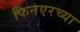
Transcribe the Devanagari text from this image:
फिनएरच्या